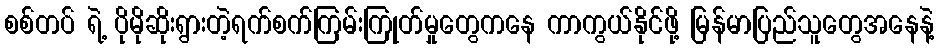
စစ်တပ် ရဲ့ ပိုမိုဆိုးရွားတဲ့ရက်စက်ကြမ်းကြုတ်မှုတွေကနေ ကာကွယ်နိုင်ဖို့ မြန်မာပြည်သူတွေအနေနဲ့